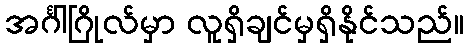
အင်္ဂါဂြိုလ်မှာ လူရှိချင်မှရှိနိုင်သည်။